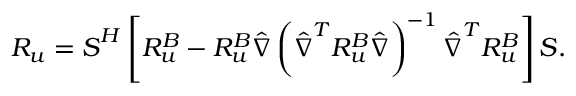
\boldsymbol { R _ { u } } = \boldsymbol { S } ^ { H } \left[ \boldsymbol { R _ { u } ^ { B } } - \boldsymbol { R _ { u } ^ { B } } \boldsymbol { \hat { \nabla } } \left( \boldsymbol { \hat { \nabla } } ^ { T } \boldsymbol { R _ { u } ^ { B } } \boldsymbol { \hat { \nabla } } \right) ^ { - 1 } \boldsymbol { \hat { \nabla } } ^ { T } \boldsymbol { R _ { u } ^ { B } } \right] \boldsymbol { S } .